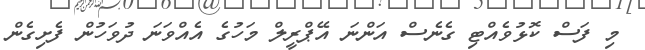
މި ފަސް ކޮޅުވެއްޓި ގެނެސް އަންނަ އޭޕްރީލް މަހުގެ އެއްވަނަ ދުވަހުން ފެށިގެން